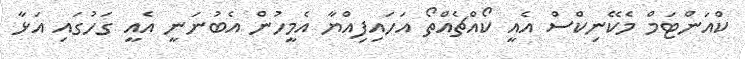
ކްއަންޓަމް މެކޭނިކްސް އެއީ ކޯއްޗެއްތޯ އަހައިފިއްޔާ އެމީހުން އެބުނަނީ އެެއީ ގަހުގައި އަޅާ